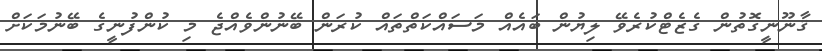
ޤާނޫނީގޮތުން ގެޒެޓްކުރެވޭ ލިޔުން ބައެއް މަސައްކަތްތައް ކުރަން ބޭނުންވެއްޖެ މި ކުންފުނީގެ ބޭނުމަކަށް